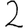
Digit: 2